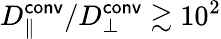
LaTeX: D_{\parallel}^{\mathsf{conv}}/D_{\perp}^{\mathsf{conv}}\gtrsim 10^{2}